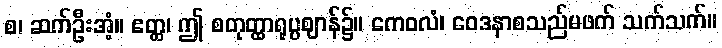
စ၊ ဆက်ဦးအံ့။ ဧတ္ထ၊ ဤ စတုတ္ထာရုပ္ပဈာန်၌။ ကေဝလံ၊ ဝေဒနာစသည်မဖက် သက်သက်။